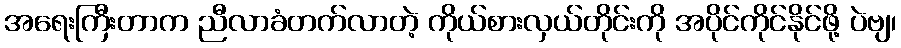
အရေးကြီးတာက ညီလာခံတက်လာတဲ့ ကိုယ်စားလှယ်တိုင်းကို အပိုင်ကိုင်နိုင်ဖို့ ပဲဗျ၊